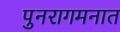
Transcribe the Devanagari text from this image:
पुनरागमनात